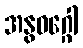
အနွဝဂ္ဂေါ